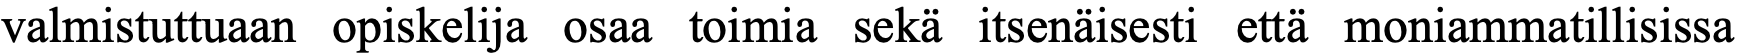
valmistuttuaan opiskelija osaa toimia sekä itsenäisesti että moniammatillisissa